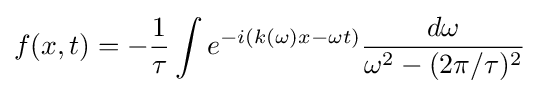
f(x,t)=-{\frac {1}{\tau }}\int e^{-i(k(\omega )x-\omega t)}{\frac {d\omega }{\omega ^{2}-(2\pi /\tau )^{2}}}